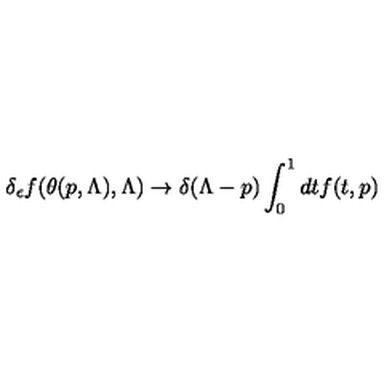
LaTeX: \delta _ { \epsilon } f ( \theta ( p , \Lambda ) , \Lambda ) \rightarrow \delta ( \Lambda - p ) \int _ { 0 } ^ { 1 } d t f ( t , p )